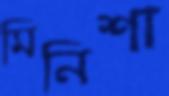
মিনিশা